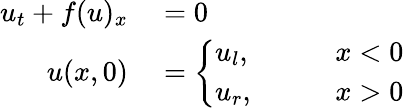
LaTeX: \begin{array}{rl}{u_{t}+f(u)_{x}}&{{}=0}\\ {u(x,0)}&{{}=\left\{ \begin{array}{lll}{u_{l},}&{\quad}&{x<0}\\ {u_{r},}&{}&{x>0}\end{array}\right.}\end{array}